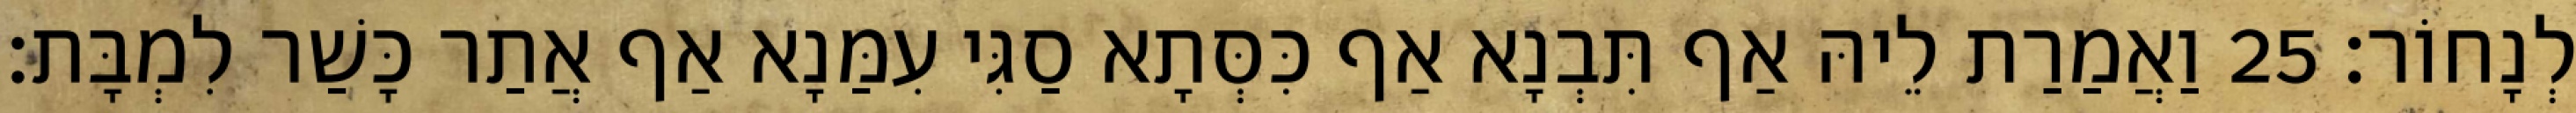
לְנָחוֹר׃ 25 וַאֲמַרַת לֵיהּ אַף תִּבְנָא אַף כִּסְּתָא סַגִּי עִמַּנָא אַף אֲתַר כָּשַׁר לִמְבָּת׃